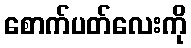
စောက်ပတ်လေးကို